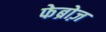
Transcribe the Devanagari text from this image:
फेब्रोज़